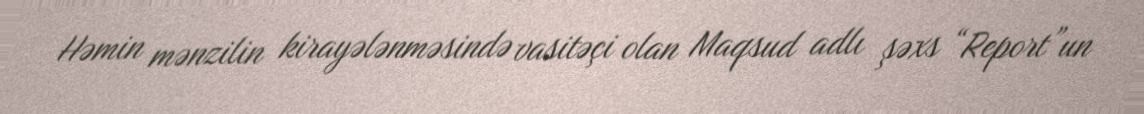
Həmin mənzilin kirayələnməsində vasitəçi olan Maqsud adlı şəxs “Report”un